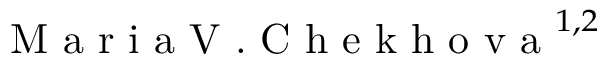
\textrm { M a r i a V . C h e k h o v a } ^ { 1 , 2 }